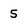
Character: 5